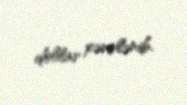
dollar xərclənib.